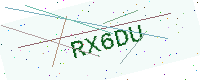
Text: RX6DU